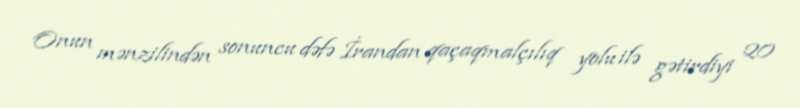
Onun mənzilindən sonuncu dəfə İrandan qaçaqmalçılıq yolu ilə gətirdiyi 20